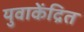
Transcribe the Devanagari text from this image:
युवाकेंद्रित